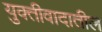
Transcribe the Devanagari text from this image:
युक्तीवादातील